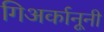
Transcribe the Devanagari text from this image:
गिअर्कानूनी